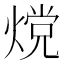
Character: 𬊵